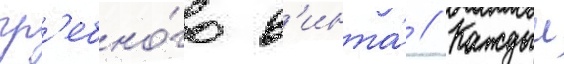
гр'ебно́го в'инта́ // Каждыи